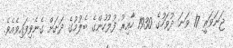
ޖަނަވަރީ 17 ވަނަ ދުވަހުގެ 1930 ހާއިރު ފުލުހުންގެ ބެލުމުގެ ދަށަށް ގެނެވިފައިވެއެވެ.